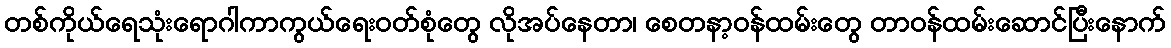
တစ်ကိုယ်ရေသုံးရောဂါကာကွယ်ရေးဝတ်စုံတွေ လိုအပ်နေတာ၊ စေတနာ့ဝန်ထမ်းတွေ တာဝန်ထမ်းဆောင်ပြီးနောက်